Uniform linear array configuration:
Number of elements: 8
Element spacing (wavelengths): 1
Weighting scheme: kaiser
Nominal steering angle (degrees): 60
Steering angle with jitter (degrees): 58.014
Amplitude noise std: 0.05
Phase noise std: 0.05

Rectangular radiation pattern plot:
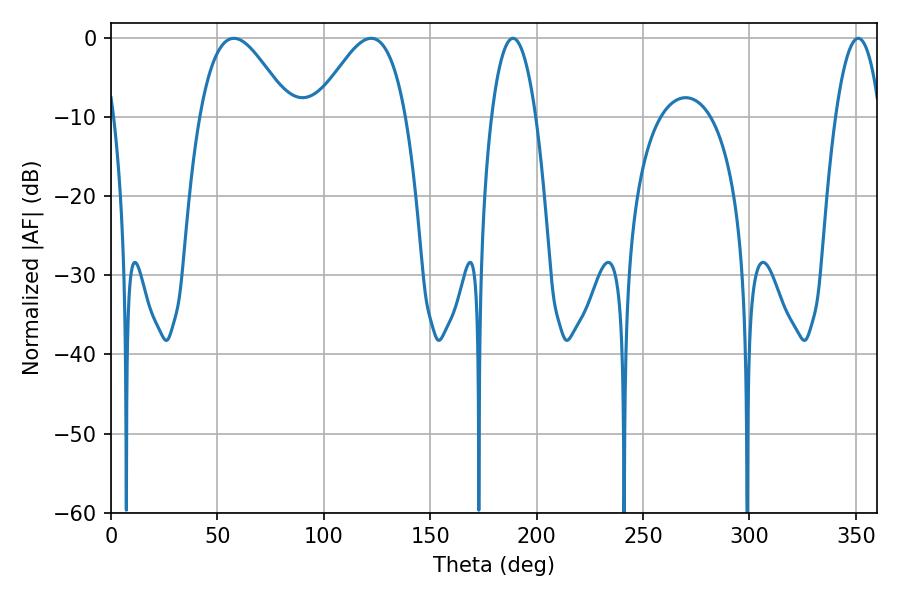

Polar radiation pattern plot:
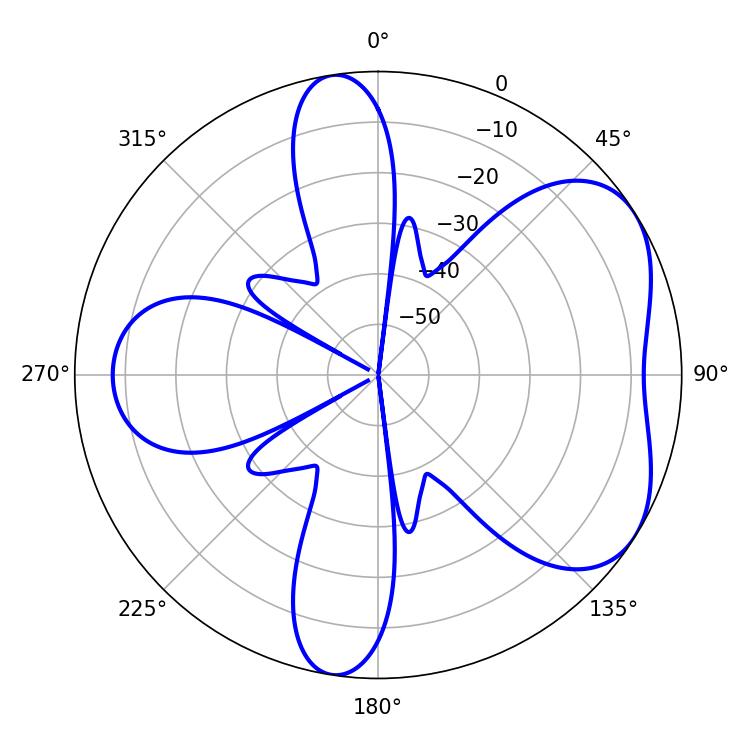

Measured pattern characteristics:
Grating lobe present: TRUE
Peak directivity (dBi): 5.019
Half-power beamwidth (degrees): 22.68
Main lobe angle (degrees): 57.78